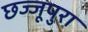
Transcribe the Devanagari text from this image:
छज्जूपुरा